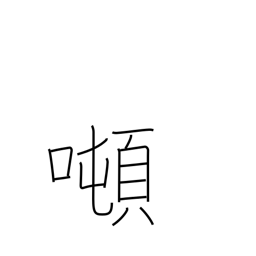
Meaning: tonnage